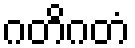
ဂတိဂတံ